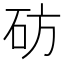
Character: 𬒂